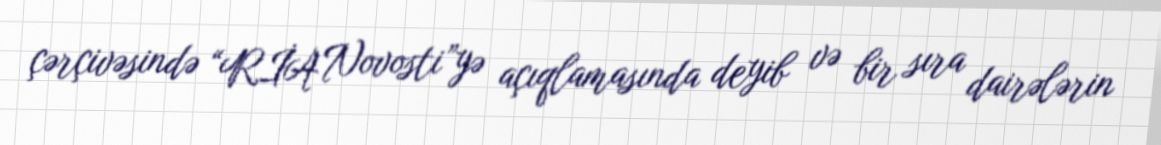
çərçivəsində “RİA Novosti”yə açıqlamasında deyib və bir sıra dairələrin